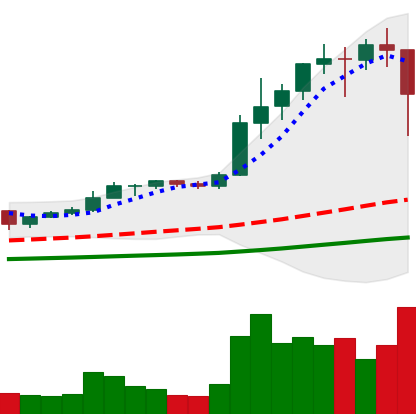
Ticker: ETH-USD
Chart end date: 2021-01-11
Forward return: 13.153%
Label: up_7plus